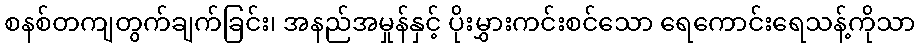
စနစ်တကျတွက်ချက်ခြင်း၊ အနည်အမှုန်နှင့် ပိုးမွှားကင်းစင်သော ရေကောင်းရေသန့်ကိုသာ